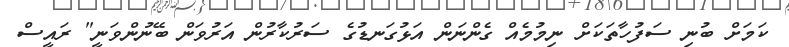
ކަމަށް ބުނި ސަފުހާތަކަށް ނިމުމެއް ގެންނަން އަޅުގަނޑުގެ ސަރުކާރުން އަރުވަން ބޭނުންވަނީ" ރައީސް